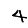
Digit: 4